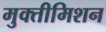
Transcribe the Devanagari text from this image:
मुक्तीमिशन